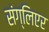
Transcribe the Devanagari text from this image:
संग्लिएर